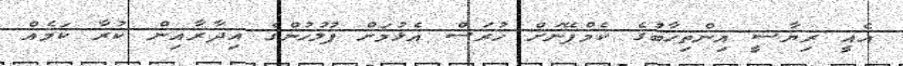
އެއީ ރިޔާސީ އިންތިހާބުގެ ކެމްޕޭނަށް ހުރަސް އެޅުމަށް ފުލުހުންގެ އިދާރާއިން ކުރާ ކަމެއް